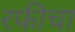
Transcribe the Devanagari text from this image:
रफीचा